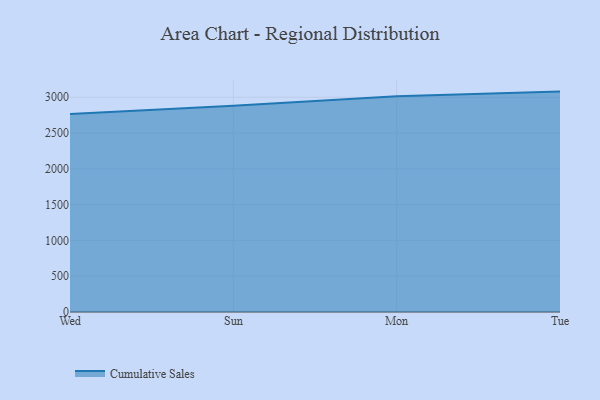
{"axis": {"x": "Day", "y": "Market Share (%)"}, "legend": ["Cumulative Sales"], "data": [{"x": "Wed", "y": 2765.2, "type": "Cumulative Sales"}, {"x": "Sun", "y": 2882.1, "type": "Cumulative Sales"}, {"x": "Mon", "y": 3014.9, "type": "Cumulative Sales"}, {"x": "Tue", "y": 3078.8, "type": "Cumulative Sales"}]}